Scottish Leaving Certificate Examination, 1956
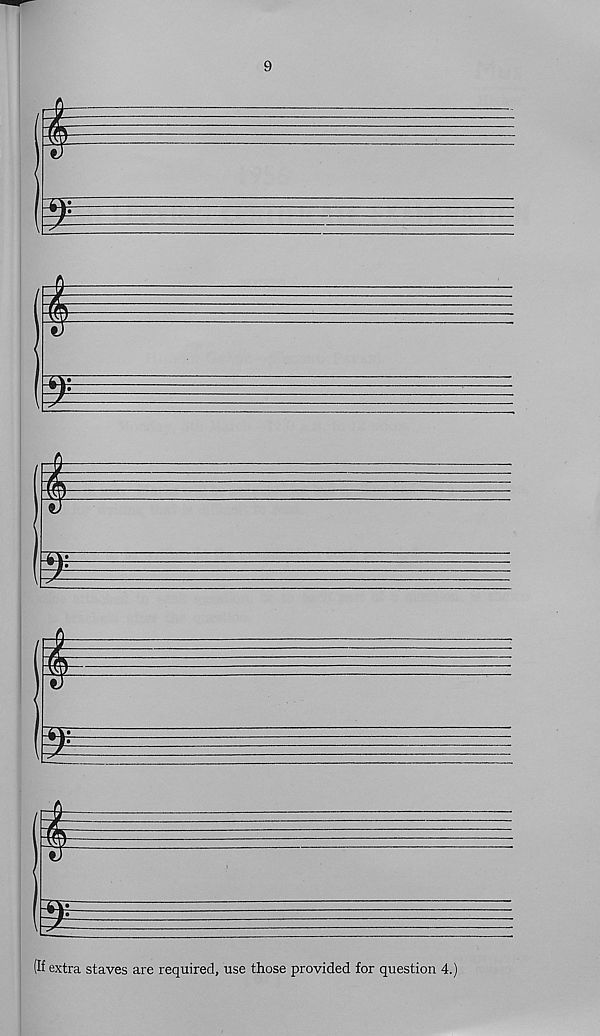
9
m
m
m
(If extra staves are required, use those provided for question 4.)